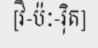
[វិ-ប៉ៈ-រ៉ិត]